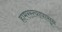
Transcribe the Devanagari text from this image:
हामरस्त्यापासून